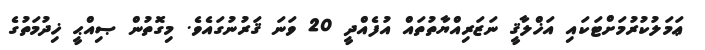
ޢަމަލުކުރުމަށްޓަކައި އަޚްލާޤީ ނަޒަރިއްޔާތުތައް އުފެއްދީ 20 ވަނަ ޤަރުނުގައެވެ. މިގޮތުން ޞިއްޙީ ޚިދުމަތުގެ